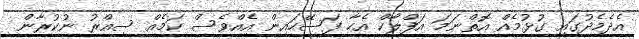
އެދެމެދުގައި ގުޅުމެއް އޮތްނަމަ އަފްލާކް އެހާ ފަސޭހައިން އެއްވެސް ކަމެއް ސިއްރު ނުކުރާން